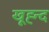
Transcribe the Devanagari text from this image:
खूह्न्द